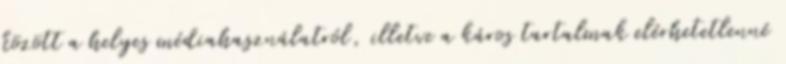
között a helyes médiahasználatról, illetve a káros tartalmak elérhetetlenné